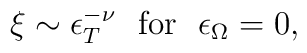
\xi \sim \epsilon_T ^{-\nu} \ \ {\rm for}\ \   \epsilon_{\Omega}=0,